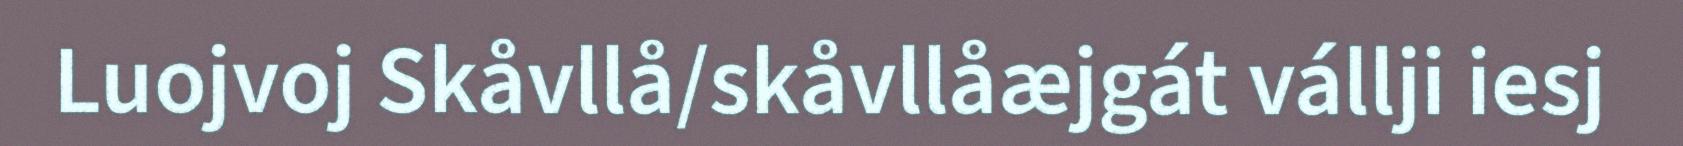
Luojvoj Skåvllå/skåvllåæjgát vállji iesj